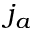
j _ { a }